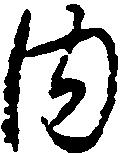
内